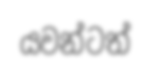
යවන්ටත්